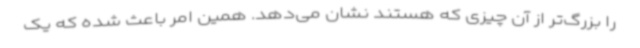
را بزرگ‌تر از آن چیزی که هستند نشان می‌دهد. همین امر باعث شده که یک